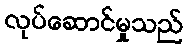
လုပ်ဆောင်မှုသည်